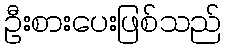
ဦးစားပေးဖြစ်သည်